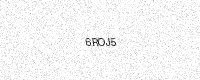
Text: 6ROJ5